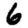
Digit: 6